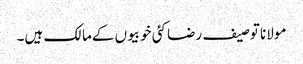
مولانا توصیف رضا کئی خوبیوں کےمالک ہیں۔